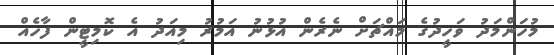
މުހަންމަދު ވަހީދުގެ މައްޗަށް ނެރެން އުޅުނު އަމުރު މިއަދު އެ ކޮމިޓީން ފާހެއް